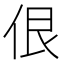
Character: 佷